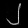
Digit: ၂